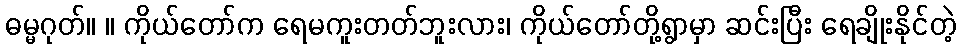
ဓမ္မဂုတ်။ ။ ကိုယ်တော်က ရေမကူးတတ်ဘူးလား၊ ကိုယ်တော်တို့ရွာမှာ ဆင်းပြီး ရေချိုးနိုင်တဲ့